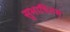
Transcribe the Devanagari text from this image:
सुभाषितम्